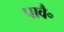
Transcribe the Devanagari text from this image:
पावै॰